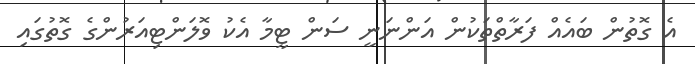
އެ ގޮތުން ބައެއް ފަރާތްތަކުން އަންނަނީ ސަން ޓީމާ އެކު ވޮލަންޓިއަރުންގެ ގޮތުގައި